Dysentery in Hazaribagh Central Jail - Number 52
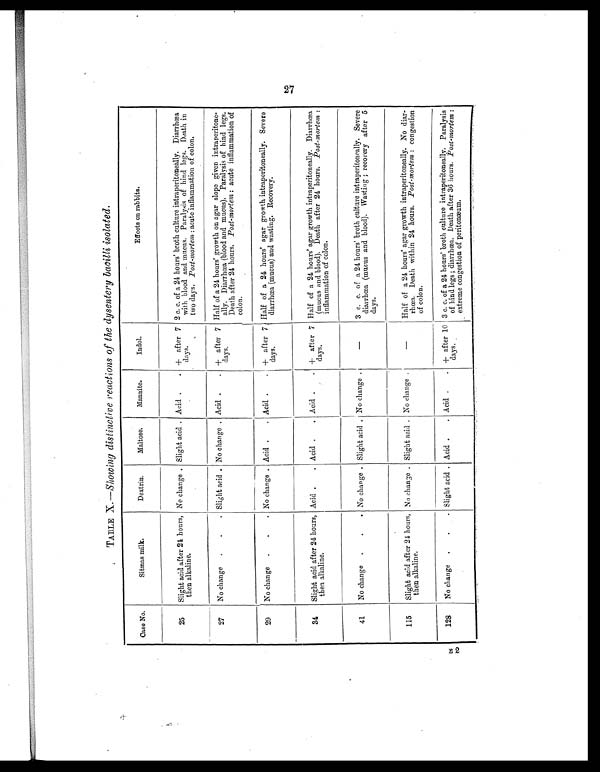
Case No.
Sitmas milk.
Dextrin.
Maltose.
Mannite.
Indol.
Effects on rabbits.
25 Slight acid after 24 hours,
then alkaline.
No change . Slight acid . Acid . . + after 7
days.
2 c. c. of a 24 hours' broth culture intraperitoneally. Diarrhœa
with blood and mucus. Paralysis of hind legs. Death in
two days. Post-mortem : acute inflammation of colon.
27 No change. . . . Slight acid . No change . Acid . . + after 7
days.
Half of a 24 hours' growth on agar slope given intraperitone-
ally. Diarrhœa (blood and mucus). Paralysis of hind legs.
Death after 24 hours. Post-mortem: acute inflammation of
colon.
29 No change . . . No change . Acid . . Acid .
. + after 7
days.
Half of a 24 hours' agar growth intraperitoneally. Severe
diarrhœa (mucus) and wasting. Recovery.
34 Slight acid after 24 hours,
then alkaline.
Acid .
. Acid . . Acid . . + after 7
days.
Half of a 24 hours' agar growth intraperitoneally. Diarrhœa
(mucus and blood). Death after 24 hours. Post-mortem :
inflammation of colon.
41 No change .
. . No change . Slight acid . No change .
—
3 c. c. of a 24 hours' broth culture intraperitoneally. Severe
diarrhœa (mucus and blood). Wasting; recovery after 5
days.
115 Slight acid after 24 hours,
then alkaline.
No change . Slight acid . No change .
—
Half of a 24 hours' agar growth intraperitoneally. No diar-
rhœa. Death within 24 hours. Post-mortem : congestion
of colon.
128 No change .
. . Slight acid . Acid . . Acid . . + after 10
days.
3 c. c. of a 24 hours' broth culture intraperitoneally. Paralysis
of hind legs; diarrhœa. Death after 36 hours. Post-mortem:
extreme congestion of peritonæum.
27
TABLE X.—Showing distinctive reactions of the dysentery bacilli isolated.